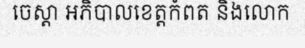
ចេស្តា អភិបាលខេត្តកំពត និងលោក